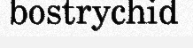
bostrychid